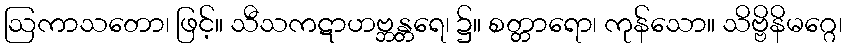
ဩကာသတော၊ ဖြင့်။ သီသကဋာဟဗ္ဘန္တရေ၊ ၌။ စတ္တာရော၊ ကုန်သော။ သိဗ္ဗိနိမဂ္ဂေ၊